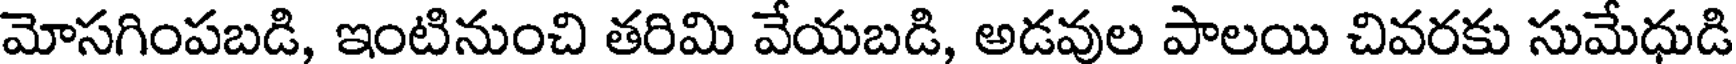
మోసగింపబడి, ఇంటినుంచి తరిమి వేయబడి, అడవుల పాలయి చివరకు సుమేధుడి